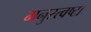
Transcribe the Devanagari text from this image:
मनुस्त्वष्टा